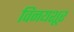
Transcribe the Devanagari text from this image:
विनयशूर